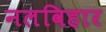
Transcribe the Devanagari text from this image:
नलविहार